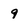
Character: 9